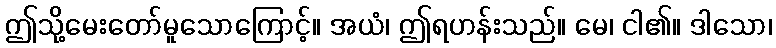
ဤသို့မေးတော်မူသောကြောင့်။ အယံ၊ ဤရဟန်းသည်။ မေ၊ ငါ၏။ ဒါသော၊